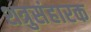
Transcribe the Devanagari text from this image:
शत्रुसंहारक